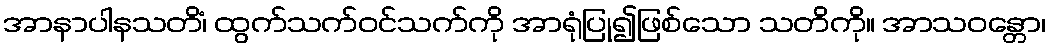
အာနာပါနသတိံ၊ ထွက်သက်ဝင်သက်ကို အာရုံပြု၍ဖြစ်သော သတိကို။ အာသဝန္တော၊